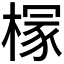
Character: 𪳘